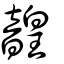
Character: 韹